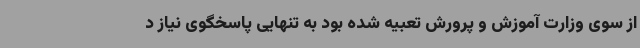
از سوی وزارت آموزش و پرورش تعبیه شده بود به تنهایی پاسخگوی نیاز د